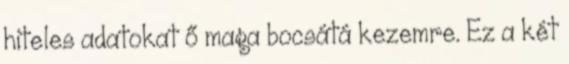
hiteles adatokat ő maga bocsátá kezemre. Ez a két